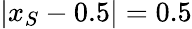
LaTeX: |x_{S}-0.5|=0.5